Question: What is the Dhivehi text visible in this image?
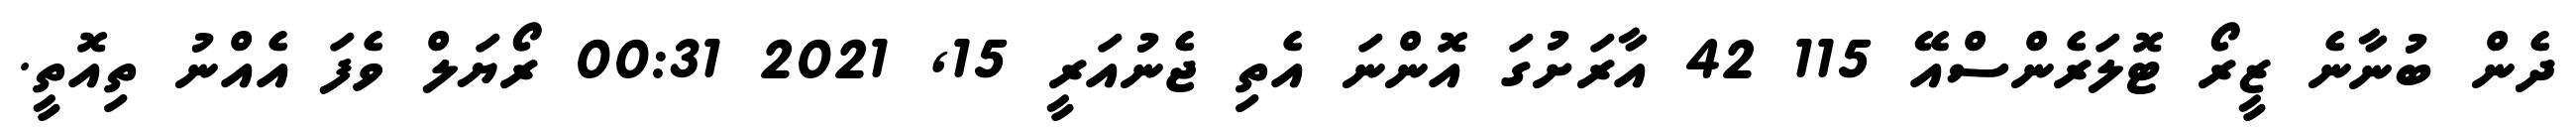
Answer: ދެން ބުނާނެ ޒީރޯ ޓޮލަރެންސްއޭ 115 42 އާރަށުގަ އޮންނަ އެތި ޖެނުއަރީ 15, 2021 00:31 ރޯޔަލް ވެފަ އެއްނު ތިއޮތީ.